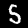
Digit: 5